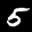
Label: 5